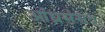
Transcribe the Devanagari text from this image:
आंध्रसंसद